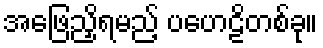
အဖြေညှိရမည့် ပဟေဠိတစ်ခု။